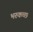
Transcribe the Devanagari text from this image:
भरुकच्छ